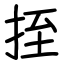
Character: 挃